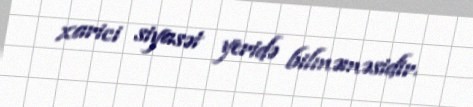
xarici siyasət yeridə bilməməsidir.